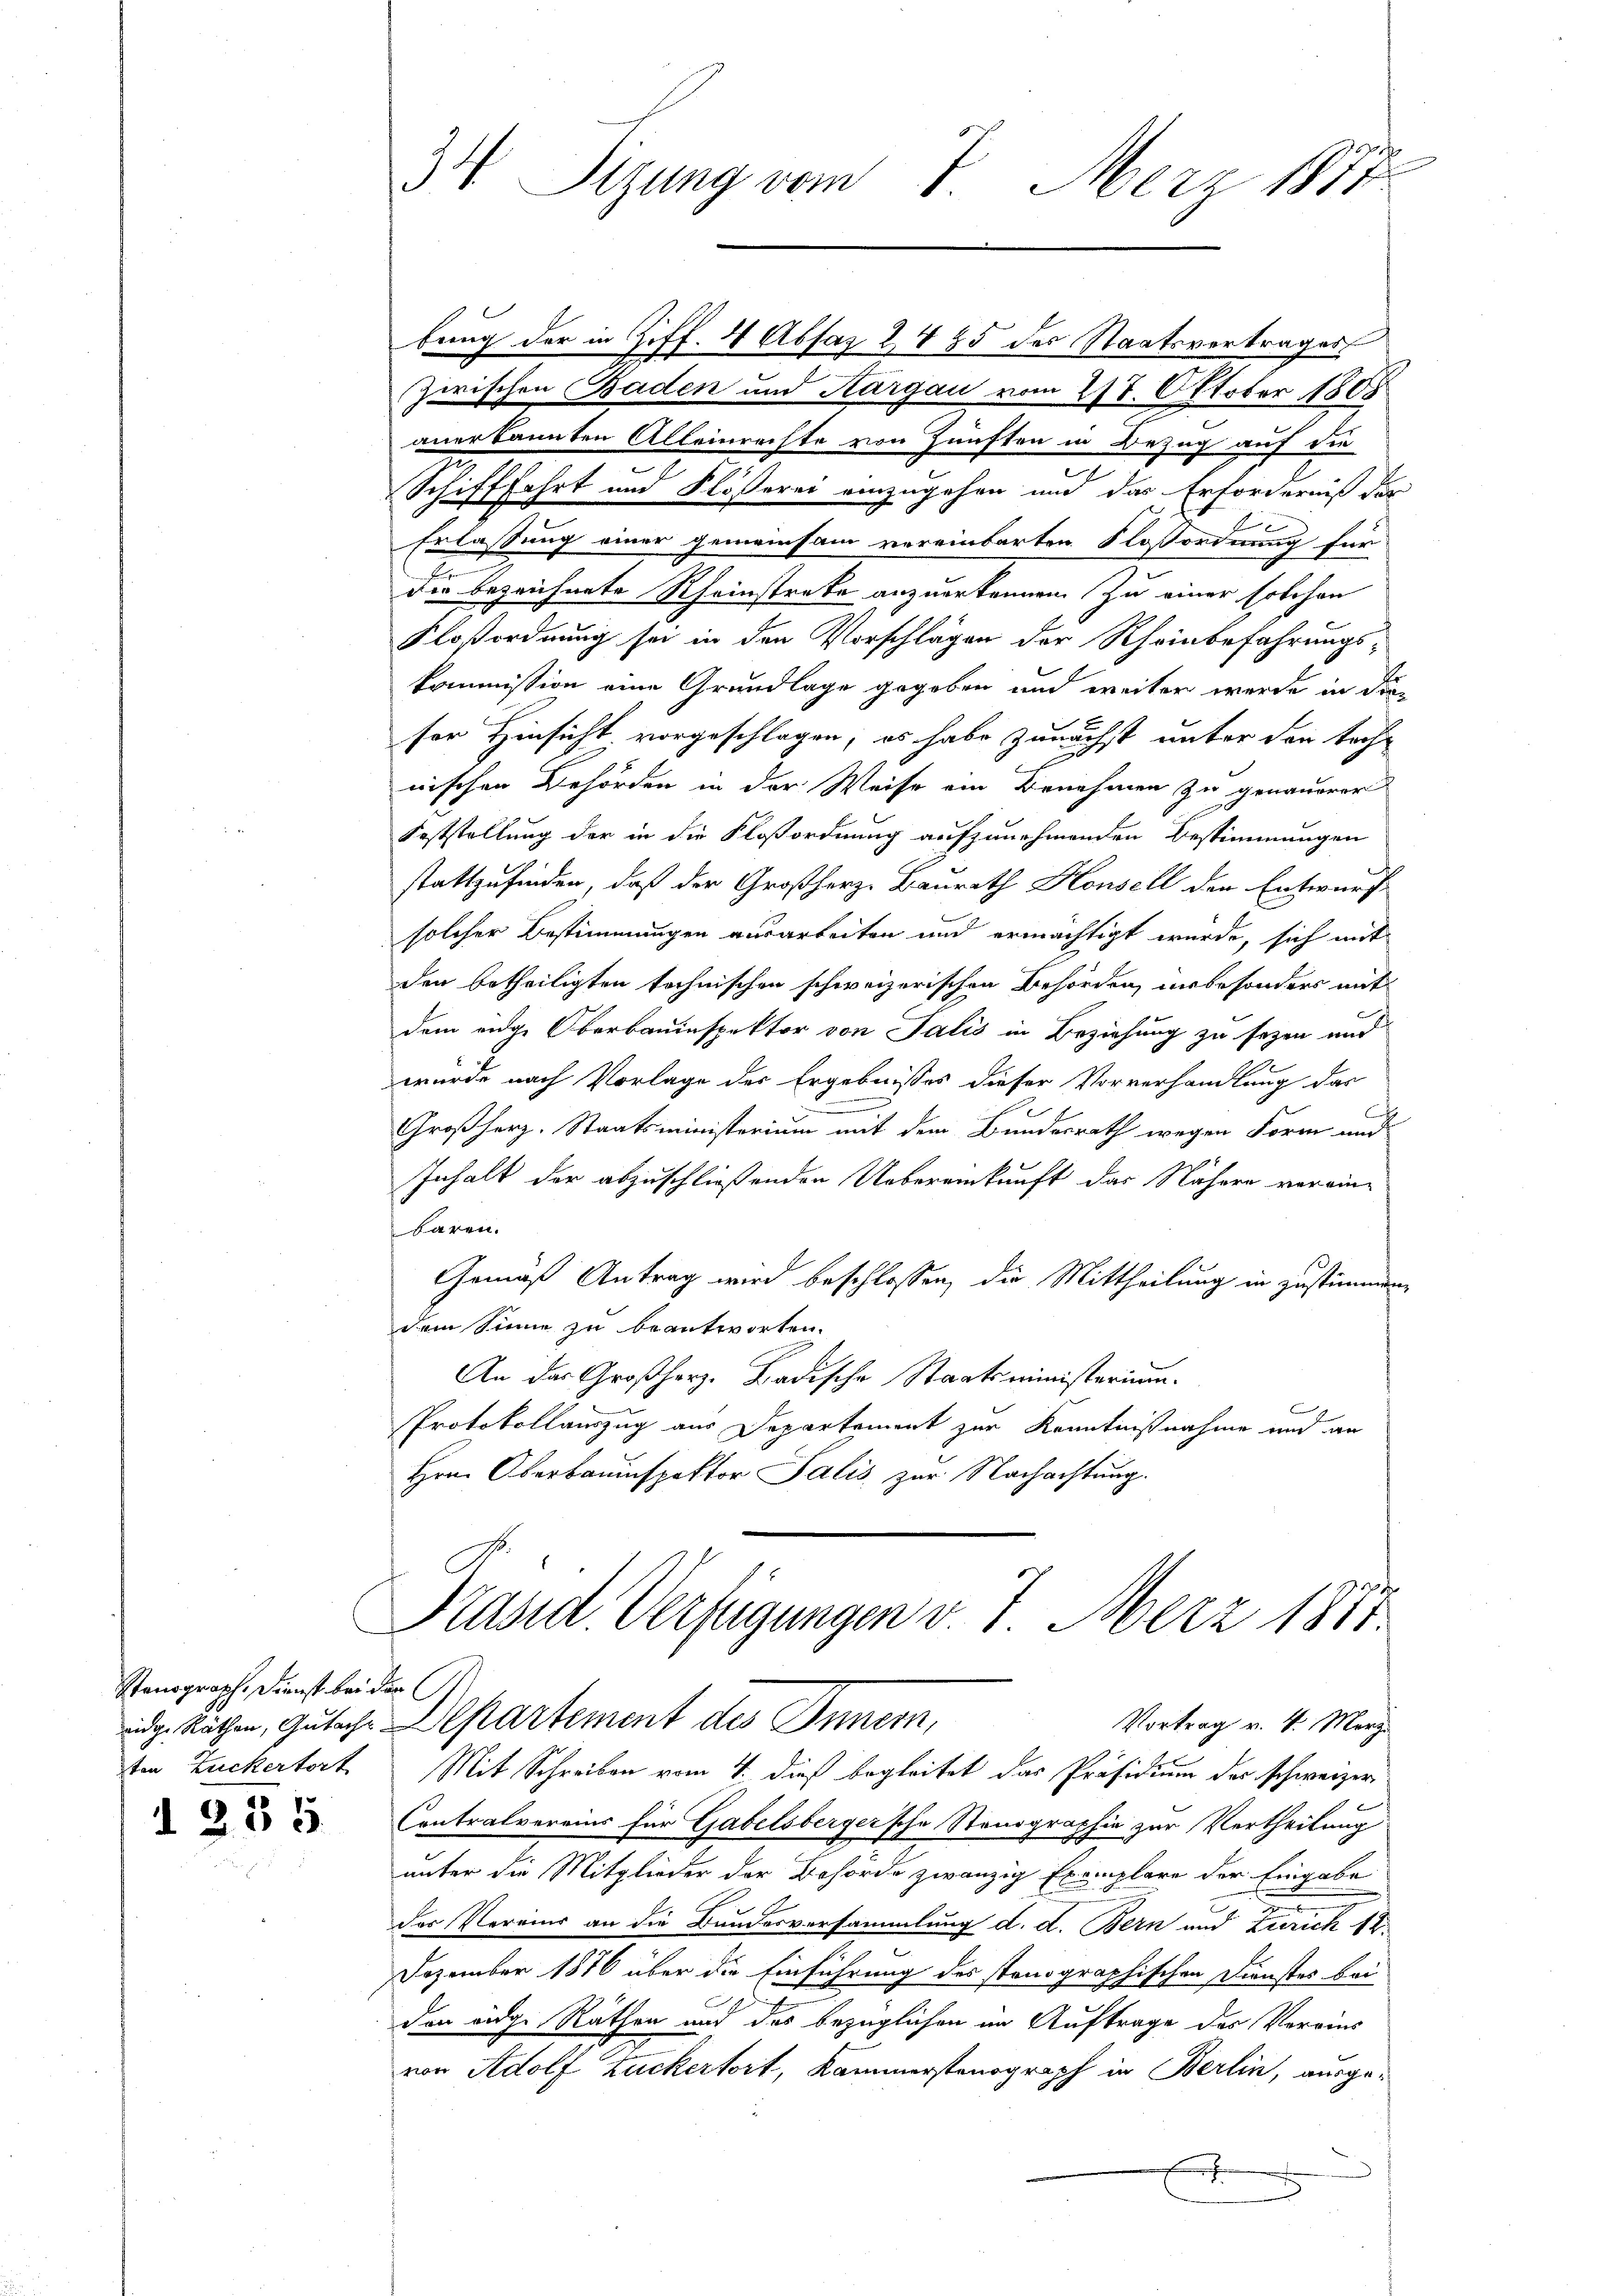
Stenograph. Dienst bei der
ten Zuckertort

335

34 Sizung vom 5. März 1877

bung der in Ziff. 4 Absaz 2485 des Staatsvertrages
zwischen Baden und Aargau vom 28. Oktober 1808
anerkannten Alleinrechte von Zünften in Bezug auf die
Schifffahrt und Flößerei einzugehen und das Erforderniß der
Erlassung einer gemeinsam vereinbarten Floßorderung für
2
die bezeichnete Rheinstreke anzuerkennen. Zu einer solchen
Floßordnung sei in den Vorschlägen der Rheinbefahrungskommission eine Grundlage gegeben und weiter werde in die
ser Hinsicht vorgeschlagen; es habe zunächst unter den toche
nischen Behörden in der Weise ein Benehmen zu genauerer
Feststellung der in die Floßordnung aufzunehmenden Bestimmungen
stattzufinden, daß der Großherze Baurath Housell den Entwurf
solcher Bestimmungen ausarbeiten und ermächtigt wurde, sich mit
den betheiligten technischen schweizerischen Behörden, unbesonders mit
dem eige Oberbauinspektor von Salis in Beziehung zu sezen und
wurde nach Vorlage des Ergebnisses dieser Vorverhandlung das
.
Großherz. Staatsministerium mit dem Bundesrath wegen Form und
Inhalt der abzuschließenden Uebereinkunft das Nähere verein-
baren.
Gemäß Antrag wird beschlossen, die Mittheilung in Zustimmen,
dem Sinne zu beantworten.
An das Großherz. Badische Staatsministerium.
F
Protokollauszug aus Departement zur Kenntnißnahme und an
Hrn. Oberbauinspektor Salis zur Nachachtung.
Präsid. Verfügungen v. 7. März 1887
inde Räthen, Gutache Departement des Innern,
Vortrag v. 4. März.
Mit Schreiben vom 4. dieß begleitet das Präsidium der schweizer
Contralvereins für Gabelsberger'sche Stenographie zur Vertheilung
unter die Mitglieder der Behörde zwanzig Exemplare der Eingabe
der Vereins an die Bundesversammlung d. d. Bern und Zürich 12
Dezember 1876 über die Einführung des stonographischen Dienstes bei
den eidg. Rathen und das bezüglichen in Auftrage des Vereins
von Adolf Zuckertort, Kammerstenograph in Berlin, ausge¬